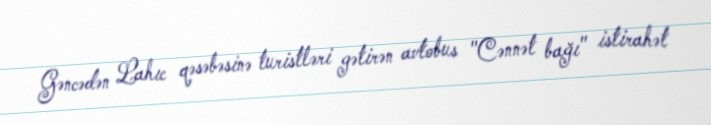
Gəncədən Lahıc qəsəbəsinə turistləri gətirən avtobus "Cənnət bağı" istirahət